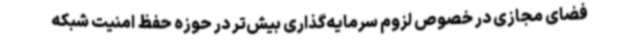
فضای مجازی در خصوص لزوم سرمایه‌گذاری بیش‌تر در حوزه حفظ امنیت شبکه